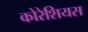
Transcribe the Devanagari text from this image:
कोरेशियस